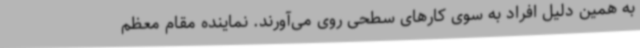
به همین دلیل افراد به سوی کارهای سطحی روی می‌آورند. نماینده مقام معظم